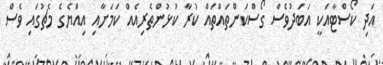
އަދި ކޯސްޓާއަކީ އަބަދުވެސް ގޯސްކަންތައްތައް ކުރާ ކުޅުންތެރިއެއް ކަމަށާއި އިއްޔެގެ މެޗުގައި ވެސް